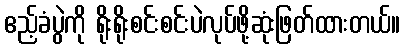
ဧည့်ခံပွဲကို ရိုးရိုးစင်းစင်းပဲလုပ်ဖို့ဆုံးဖြတ်ထားတယ်။